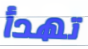
تهدأ